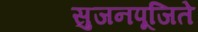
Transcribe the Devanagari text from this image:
सुजनपूजिते